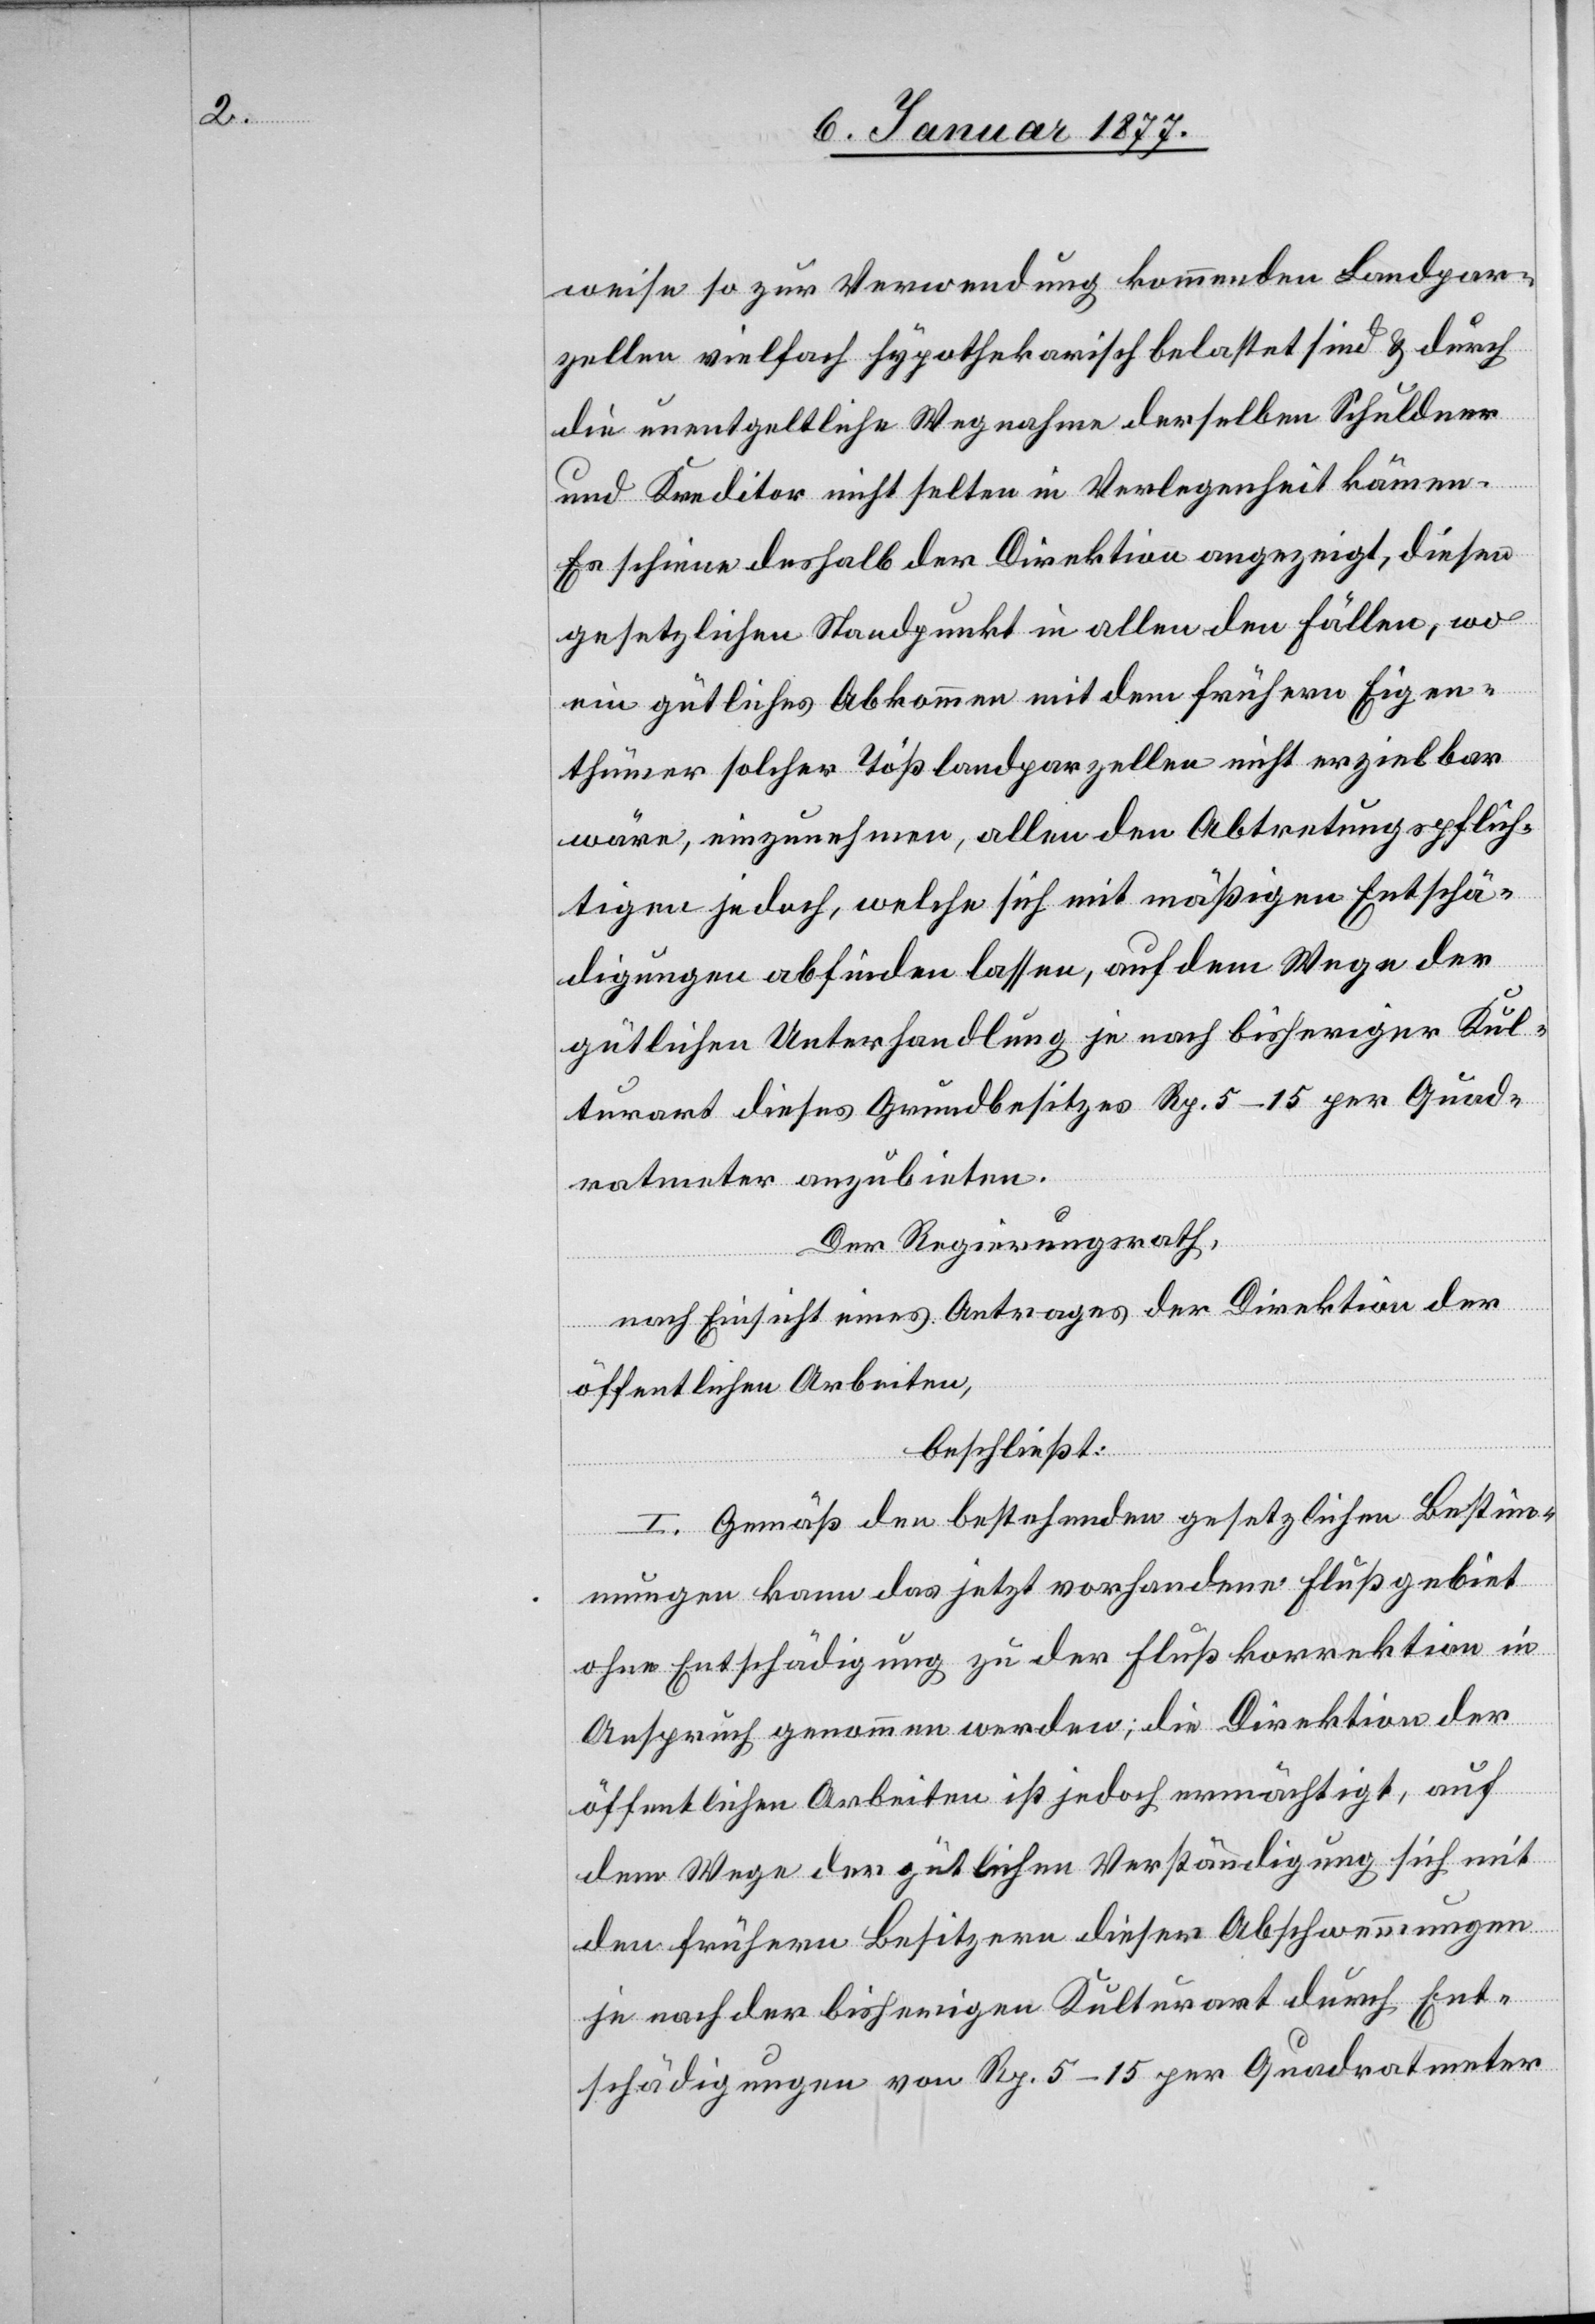
weise so zur Verwendung kommenden Landpar¬
zellen vielfach hypothekarisch belastet sind & durch
die unentgeltliche Wegnahme derselben Schuldner
und Kreditor nicht selten in Verlegenheit kämen.
Es scheine deshalb der Direktion angezeigt, diesen
gesetzlichen Standpunkt in allen den Fällen, wo
ein gütliches Abkommen mit dem frühern Eigen¬
thümer solcher Tößlandparzellen nicht erzielbar
wäre, einzunehmen, allen den Abtretungspflich¬
tigen jedoch, welche sich mit mäßigen Entschä¬
digungen abfinden lassen, auf dem Wege der
gütlichen Unterhandlung je nach bisheriger Kul¬
turart dieses Grundbesitzes Rp. 5–15 per Quad¬
ratmeter anzubieten.
Der Regierungsrath,
nach Einsicht eines Antrages der Direktion der
öffentlichen Arbeiten,
beschließt:
I. Gemäß den bestehenden gesetzlichen Bestim¬
mungen kann das jetzt vorhandene Flußgebiet
ohne Entschädigung zu der Flußkorrektion in
Anspruch genommen werden; die Direktion der
öffentlichen Arbeiten ist jedoch ermächtigt, auf
dem Wege der gütlichen Verständigung sich mit
den frühern Besitzern dieser Abschwemmungen
je nach der bisherigen Kulturart durch End¬
schädigungen von Rp. 5–15 per Quadratmeter